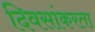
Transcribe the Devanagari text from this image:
दिवसांकरता